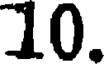
10.